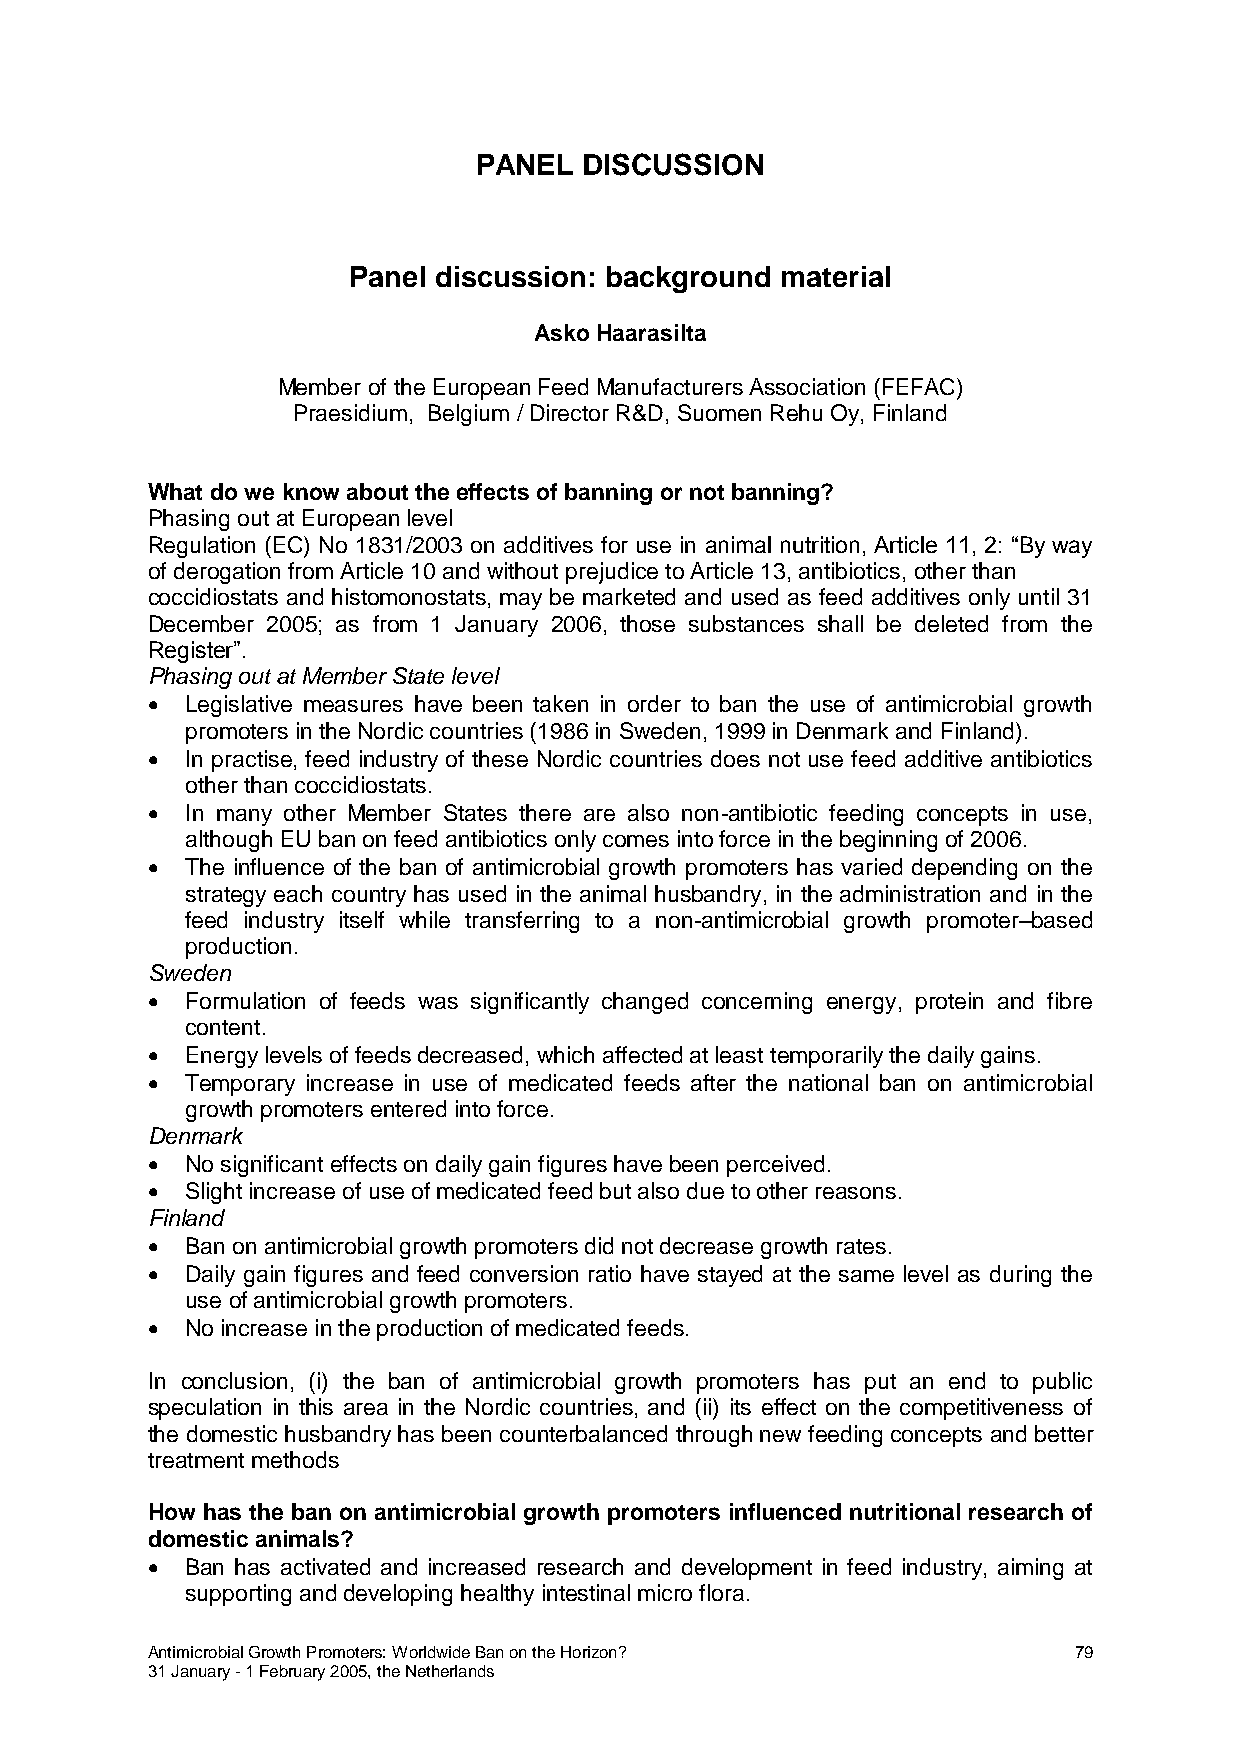
PANEL  DISCUSSION
 Panel discussion: background material
 Asko Haarasilta
 Member of the European Feed Manufacturers Association (FEFAC)
 Praesidium, Belgium / Director R&D, Suomen Rehu Oy, Finland
 What do we know about the effects of banning or not banning?
 Phasing out at European level
 Regulation (EC) No 1831/2003 on additives for use in animal nutrition, Article 11, 2: “By way
 of derogation from Article 10 and without prejudice to Article 13, antibiotics, other than
 coccidiostats and histomonostats, may be marketed and used as feed additives only until 31
 December 2005; as from 1 January 2006, those substances shall be deleted from the
 Register”.
 Phasing out at Member State level
  Legislative measures have been taken in order to ban the use of antimicrobial growth
 promoters in the Nordic countries (1986 in Sweden, 1999 in Denmark and Finland).
  In practise, feed industry of these Nordic countries does not use feed additive antibiotics
 other than coccidiostats.
  In many other Member States there are also non-antibiotic feeding concepts in use,
 although EU ban on feed antibiotics only comes into force in the beginning of 2006.
  The influence of the ban of antimicrobial growth promoters has varied depending on the
 strategy each country has used in the animal husbandry, in the administration and in the
 feed industry itself while transferring to a non-antimicrobial growth promoter–based
 production.
 Sweden
  Formulation of feeds was significantly changed concerning energy, protein and fibre
 content.
  Energy levels of feeds decreased, which affected at least temporarily the daily gains.
  Temporary increase in use of medicated feeds after the national ban on antimicrobial
 growth promoters entered into force.
 Denmark
  No significant effects on daily gain figures have been perceived.
  Slight increase of use of medicated feed but also due to other reasons.
 Finland
  Ban on antimicrobial growth promoters did not decrease growth rates.
  Daily gain figures and feed conversion ratio have stayed at the same level as during the
 use of antimicrobial growth promoters.
  No increase in the production of medicated feeds.
 In conclusion, (i) the ban of antimicrobial growth promoters has put an end to public
 speculation in this area in the Nordic countries, and (ii) its effect on the competitiveness of
 the domestic husbandry has been counterbalanced through new feeding concepts and better
 treatment methods
 How has the ban on antimicrobial growth promoters influenced nutritional research of
 domestic animals?
  Ban has activated and increased research and development in feed industry, aiming at
 supporting and developing healthy intestinal micro flora.
 Antimicrobial Growth Promoters: Worldwide Ban on the Horizon? 79
 31 January - 1 February 2005, the Netherlands